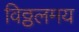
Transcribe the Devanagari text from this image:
विठ्ठलमय